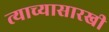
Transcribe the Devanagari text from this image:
त्याच्यासारखी